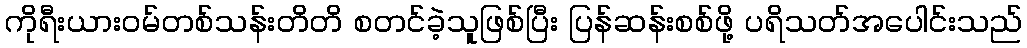
ကိုရီးယားဝမ်တစ်သန်းတိတိ စတင်ခဲ့သူဖြစ်ပြီး ပြန်ဆန်းစစ်ဖို့ ပရိသတ်အပေါင်းသည်